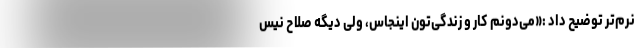
نرم‌تر توضیح داد :«می‌دونم کار و زندگی‌تون اینجاس، ولی دیگه صلاح نیس